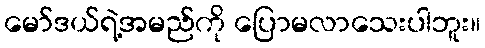
မော်ဒယ်ရဲ့အမည်ကို ပြောမလာသေးပါဘူး။